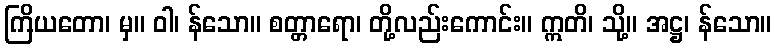
ကြိယတော၊ မှ။ ဝါ၊ န်သော။ စတ္တာရော၊ တို့လည်းကောင်း။ ဣတိ၊ သို့။ အဋ္ဌ၊ န်သော။